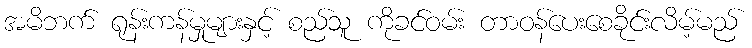
အမိဘက် ရုန်းကန်မှုများနှင့် စည်သူ ကိုခင်ဝမ်း တာဝန်ပေးစေခိုင်းလိမ့်မည်